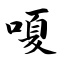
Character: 嗄